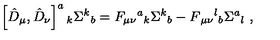
\left[ \hat { D } _ { \mu } , \hat { D } _ { \nu } \right] ^ { a } { } _ { k } \Sigma ^ { k } { } _ { b } = F _ { \mu \nu } { } ^ { a } { } _ { k } \Sigma ^ { k } { } _ { b } - F { } _ { \mu \nu } { } ^ { l } { } _ { b } \Sigma ^ { a } { } _ { l } \ ,